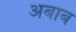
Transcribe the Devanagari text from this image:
अबाब